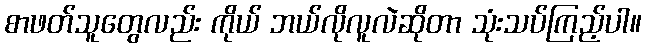
စာဖတ်သူတွေလည်း ကိုယ် ဘယ်လိုလူလဲဆိုတာ သုံးသပ်ကြည့်ပါ။